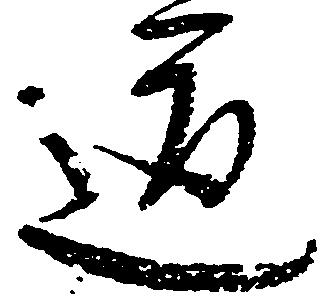
道